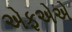
એફએએ